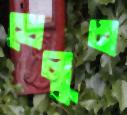
খেলুন